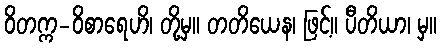
ဝိတက္က-ဝိစာရေဟိ၊ တို့မှ။ တတိယေန၊ ဖြင့်။ ပီတိယာ၊ မှ။